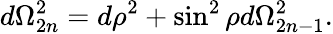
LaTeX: d\Omega_{2n}^{2}=d\rho^{2}+\sin^{2}\rho d\Omega_{2n-1}^{2}.